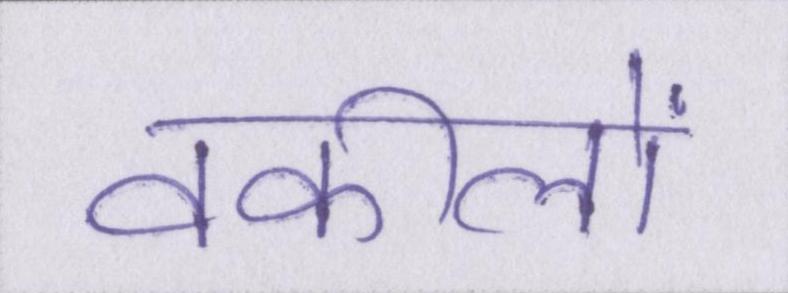
वकीलों